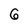
Character: 6